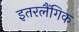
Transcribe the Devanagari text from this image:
इतरलैंगिक